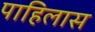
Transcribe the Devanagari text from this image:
पाहिलास